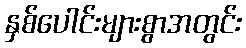
နှစ်ပေါင်းများစွာအတွင်း